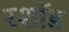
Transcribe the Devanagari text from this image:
रशॉड